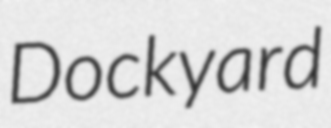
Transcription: Dockyard